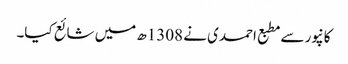
کانپور سے مطبع احمدی نے 1308ھ میں شائع کیا۔